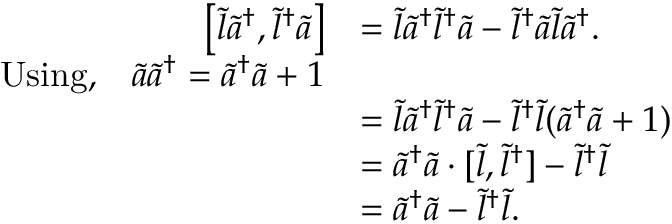
\begin{array} { r l } { \big [ \tilde { l } \tilde { a } ^ { \dagger } , \tilde { l } ^ { \dagger } \tilde { a } \big ] } & { = \tilde { l } \tilde { a } ^ { \dagger } \tilde { l } ^ { \dagger } \tilde { a } - \tilde { l } ^ { \dagger } \tilde { a } \tilde { l } \tilde { a } ^ { \dagger } . } \\ { \mathrm { U s i n g , \ensuremath { \quad } } \tilde { a } \tilde { a } ^ { \dagger } = \tilde { a } ^ { \dagger } \tilde { a } + 1 } \\ & { = \tilde { l } \tilde { a } ^ { \dagger } \tilde { l } ^ { \dagger } \tilde { a } - \tilde { l } ^ { \dagger } \tilde { l } ( \tilde { a } ^ { \dagger } \tilde { a } + 1 ) } \\ & { = \tilde { a } ^ { \dagger } \tilde { a } \cdot [ \tilde { l } , \tilde { l } ^ { \dagger } ] - \tilde { l } ^ { \dagger } \tilde { l } } \\ & { = \tilde { a } ^ { \dagger } \tilde { a } - \tilde { l } ^ { \dagger } \tilde { l } . } \end{array}